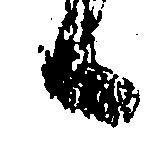
候